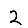
Digit: 2